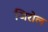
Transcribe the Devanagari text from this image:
जिरोल